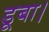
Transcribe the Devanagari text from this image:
डूबा।